Report on sanitation, dispensaries, and jails in Rajputana for 1917, and on vaccination for the year 1917-1918 - 1917-1918
Year: 1917
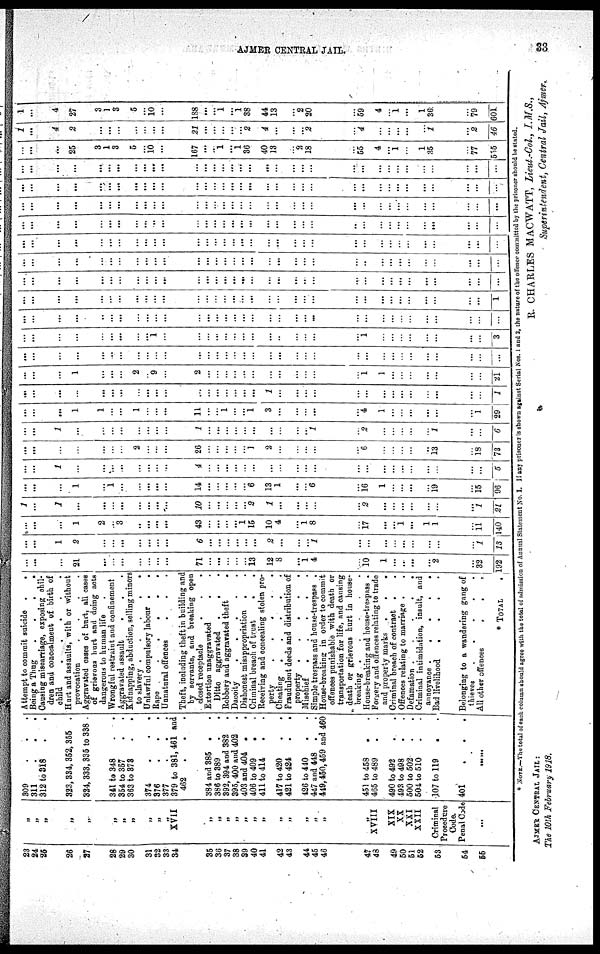
AJMER CENTRAL JAIL.
33
23
24
25
26
27
28
29
30
31
32
33
34
35
36
37
38
39
40
41
42
43
44
45
46
47
48
49
50
51
52
53
54
55
„
„
„
„
„
„
„
„
„
„
„
XVII
„
„
„
„
„
„
„
„
„
„
„
„
„
XVIII
XIX
XX
XXI
XXII
Criminal
Procedure
Code.
Penal Code
...
309
.
.
.
311
.
.
.
312 to 318 . .
323, 334, 352, 355 .
324, 333, 335 to 338 .
341 to 348
.
.
354 to 357 . .
363 to 373 . .
374
.
. .
376
.
.
.
377
.
.
.
379 to 381, 461 and
462
.
.
.
384 and 385 . .
386 to 389 . .
392, 394 and 382 .
395, 400 and 402 .
403 and 404 . .
406 to 409 . .
411 to 414 . .
417 to 420 . .
421 to 424 . .
426 to 440 . .
447 and 448 . .
449, 450, 459 and 460
451 to 458 . .
465 to 489 . .
490 to 492 . .
493 to 498 . .
500 to 502 . .
504 to 510 . .
107 to 119
. .
401
.
. .
......
Attempt to commit suicide .
.
Being a Thug
.
.
.
.
Causing miscarriage, exposing chil¬
dren and concealment of birth of
child
.
.
.
.
.
Hurt and assaults, with or without
provocation
.
.
.
.
Aggravated cases of hurt, all cases
or grievous hurt and doing acts
dangerous to human life .
Wrongful restraint and confinement
Aggravated assault
. . .
Kidnapping, abduction, selling minors
to slavery .
.
.
.
.
Unlawful compulsory labour .
.
Rape
.
.
.
.
.
.
Unnatural offences . . .
Theft, including theft in building and
by servants, and breaking open
closed receptacle
.
.
.
Extortion unaggravated
. .
Ditto aggravated .
. .
Robbery and aggravated theft
.
Dacoity
.
.
.
.
.
Dishonest misappropriation . .
Criminal breach of trust
.
.
Receiving and concealing stolen pro¬
perty
.
.
.
.
.
Cheating
.
.
.
.
Fraudulent deeds and distribution of
property .
.
.
.
.
Mischief
.
.
.
.
.
Simple trespass and house-trespass .
House-breaking in order to commit
offences punishable with death or
transportation for life, and causing
death or grievous hurt in house¬
breaking .
.
.
.
.
House-breaking and house-trespass .
Forgery and offences relating to trade
and property marks .
.
.
Criminal breach of contract .
.
Offences relating to marriage . .
Defamation .
.
.
.
.
Criminal intimidation, insult, and
annoyance .
.
.
.
.
Bad livelihood
.
.
.
.
Belonging to a wandering gang of
thieves
.
.
.
.
.
All other offences
.
.
.
* TOTAL
.
...
...
...
21
...
...
...
...
...
...
...
71
...
...
...
...
...
13
12
8
...
1
4
...
10
1
...
...
...
...
2
...
32
192
...
...
1
2
...
...
...
...
...
...
...
6
...
...
...
...
...
...
2
...
...
...
1
...
...
...
...
...
...
...
...
...
1
13
...
...
...
1
2
...
3
...
...
...
...
43
...
...
...
...
1
15
10
4
...
1
8
...
17
...
...
1
...
1
1
...
11
140
1
...
1
...
...
...
...
...
...
...
...
10
...
...
...
...
...
2
1
...
...
...
...
...
2
...
...
...
...
...
...
...
1
21
...
...
...
1
...
1
...
...
...
...
...
14
...
...
...
...
...
6
13
1
...
...
6
...
16
1
...
...
...
...
19
...
15
96
...
...
1
...
...
...
...
...
...
...
...
4
...
...
...
...
...
...
...
...
...
...
...
...
...
...
...
...
...
...
...
...
...
5
...
...
...
...
...
...
...
2
...
...
...
26
...
...
...
...
...
1
2
...
...
...
...
...
6
...
...
...
...
...
13
...
18
73
...
...
1
...
...
...
...
...
...
...
...
1
...
...
...
...
...
...
...
...
...
...
1
...
2
...
...
...
...
...
1
...
...
6
...
...
...
1
1
...
...
1
...
...
...
11
...
...
1
...
...
1
3
...
...
...
...
...
4
1
...
...
...
...
...
...
1
29
...
...
...
...
...
...
...
...
...
...
...
...
...
...
...
...
...
...
1
...
...
...
...
...
...
...
...
...
...
...
...
...
...
1
...
...
...
1
...
...
...
2
...
9
...
2
...
...
...
...
...
...
...
...
...
...
...
...
1
1
...
...
...
...
...
...
...
21
...
...
...
...
...
...
...
...
...
...
...
...
...
...
...
...
...
...
...
...
...
...
...
...
...
...
...
...
...
...
...
...
...
...
...
...
...
...
...
...
...
...
...
1
...
...
...
...
...
...
...
...
...
...
...
...
...
...
1
...
...
...
...
...
...
...
...
3
...
...
...
...
...
...
...
...
...
...
...
...
...
...
...
...
...
...
...
...
...
...
...
...
...
...
...
...
...
...
...
...
...
...
...
...
...
...
...
...
...
...
...
...
...
...
...
...
...
...
...
...
...
...
...
...
...
...
...
...
...
...
...
...
...
...
...
1
...
...
...
...
...
...
...
...
...
...
...
...
...
...
...
...
...
...
...
...
...
...
...
...
...
...
...
...
...
...
...
...
...
...
...
...
...
...
...
...
...
...
...
...
...
...
...
...
...
...
...
...
...
...
...
...
...
...
...
...
...
...
...
...
...
...
...
...
...
...
...
...
...
...
...
...
...
...
...
...
...
...
...
...
...
...
...
...
...
...
...
...
...
...
...
...
...
...
...
...
...
...
...
...
...
...
...
...
...
...
...
..
...
...
...
...
...
...
...
...
...
...
...
...
...
...
...
...
...
...
...
...
...
...
...
...
...
...
...
...
...
...
...
...
...
...
...
...
...
...
...
...
...
...
...
...
...
...
...
...
...
...
...
...
...
...
...
...
...
...
...
...
...
...
...
...
...
...
...
...
...
...
...
...
...
...
...
...
...
...
...
...
...
...
...
...
...
...
...
...
...
...
...
...
...
...
...
...
...
...
...
...
...
...
...
...
...
...
...
...
...
...
...
...
...
...
...
...
...
...
...
...
...
...
...
...
...
...
...
...
...
25
3
1
3
5
...
10
...
167
...
...
1
...
1
36
40
13
...
2
18
...
55
4
...
1
...
1
35
...
77
555
1
...
4
2
...
...
...
...
...
...
...
21
...
...
...
...
...
2
4
...
...
...
2
...
4
...
...
...
...
...
1
...
2
46
1
...
4
27
3
1
3
5
...
10
...
188
...
...
1
...
1
38
44
13
...
2
20
...
59
4
...
1
...
1
36
...
79
601
* NOTE—The total of each column should agree with the total of admission of Annual Statement No. I. If any prisoner is shown against Serial Nos. 1 and 2, the nature of the offence committed by the prisoner should be stated.
R. CHARLES MACWATT, Lieut.-Col., I.M.S.,
Superintendent, Central Jail, Ajmer.
AJMER CENTRAL JAIL :
The 10th February 1918.